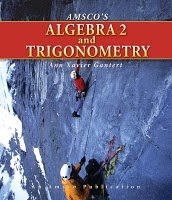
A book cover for Amsco's Algebra 2 and Trigonometry; Gantert; Science & Math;